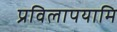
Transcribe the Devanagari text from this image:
प्रविलापयामि